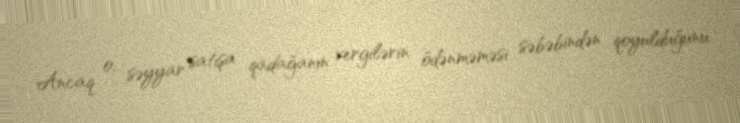
Ancaq o, səyyar satışa qadağanın vergilərin ödənməməsi səbəbindən qoyulduğunu